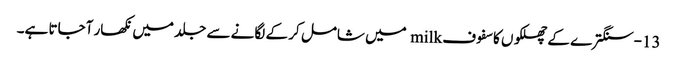
13-سنگترے کے چھلکوں کا سفوف milk میں شامل کر کے لگانے سے جلد میں نکھار آجاتا ہے۔